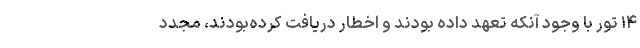
۱۴ تور با وجود آنکه تعهد داده بودند و اخطار دریافت کرده‌بودند، مجدد